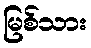
မြစ်သား